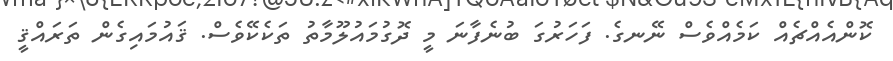
ކޮންއެއްޗެއް ކަމެއްވެސް ނޭނގެ. ފަހަރުގަ ބުނެފާނަ މީ ދޮގުމައުލޫމާތު ތަކެކޭވެސް. ޤައުމައިގެން ތަރައްޤީ